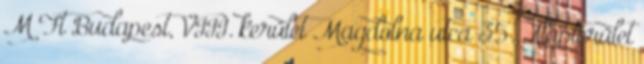
M Ft Budapest, VIII. kerület Magdolna utca 35. Alapterület